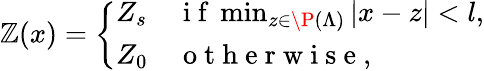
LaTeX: \mathbb{Z}(x)=\left\{ \begin{array}{ll}{Z_{s}}&{\mathrm{~i~f~}\operatorname*{min}_{z\in\P(\Lambda)}|x-z|<l,}\\ {Z_{0}}&{\mathrm{~o~t~h~e~r~w~i~s~e~},}\end{array}\right.